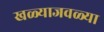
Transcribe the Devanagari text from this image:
खळ्याजवळ्या